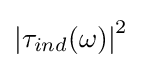
\left|\tau _{ind}(\omega )\right|^{2}